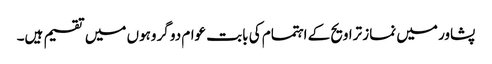
پشاور میں نماز تراویح کے اہتمام کی بابت عوام دو گروہوں میں تقسیم ہیں۔